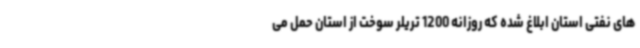
های نفتی استان ابلاغ شده که روزانه 1200 تریلر سوخت از استان حمل می